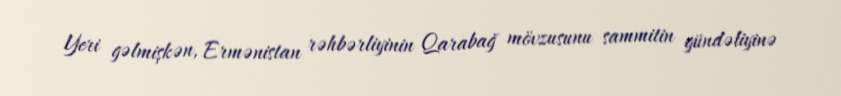
Yeri gəlmişkən, Ermənistan rəhbərliyinin Qarabağ mövzusunu sammitin gündəliyinə